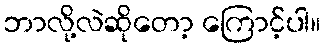
ဘာလို့လဲဆိုတော့ ကြောင့်ပါ။